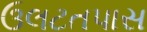
ઉલટતપાસ